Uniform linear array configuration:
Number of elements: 4
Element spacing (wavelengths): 1
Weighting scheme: cosine
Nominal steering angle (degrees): -30
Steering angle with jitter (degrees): -28.61
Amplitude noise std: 0.05
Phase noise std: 0.05

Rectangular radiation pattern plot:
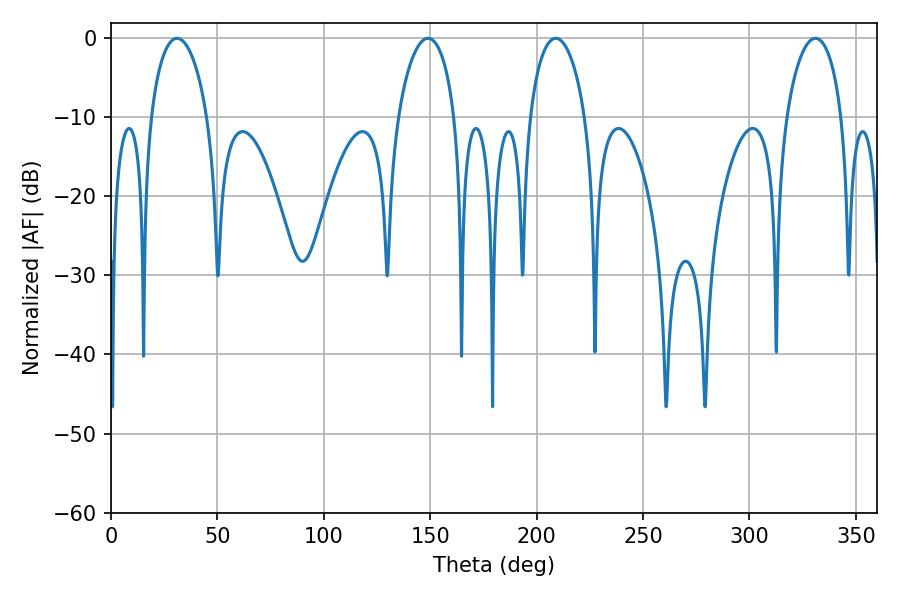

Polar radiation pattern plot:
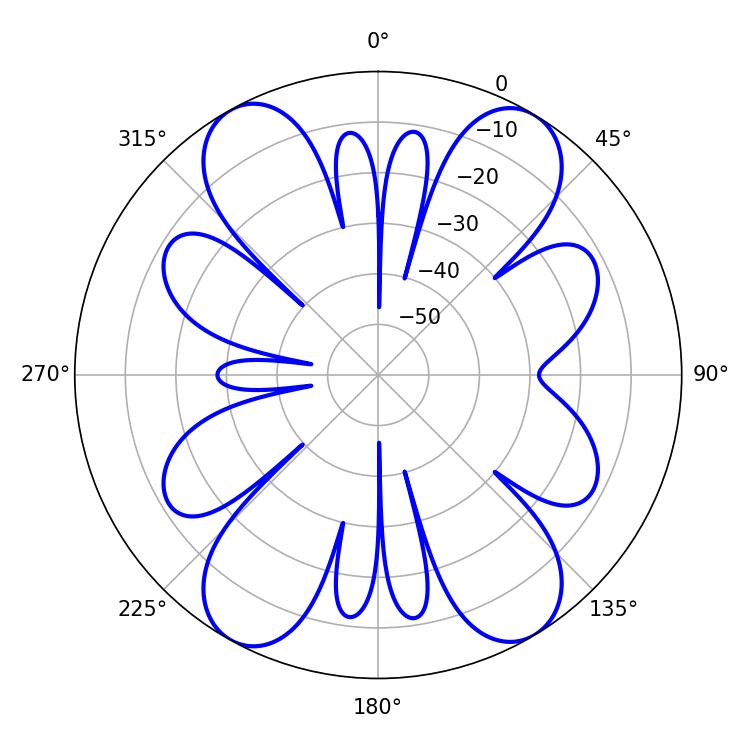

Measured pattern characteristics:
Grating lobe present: TRUE
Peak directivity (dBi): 18.792
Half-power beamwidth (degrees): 14.94
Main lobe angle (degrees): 208.98